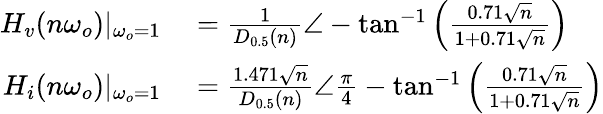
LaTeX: \begin{array}{rl}{H_{v}(n\omega_{o})|_{\omega_{o}=1}}&{{}=\frac{1}{D_{0.5}(n)}\angle-\tan^{-1}\left(\frac{0.71\sqrt{n}}{1+0.71\sqrt{n}}\right)}\\ {H_{i}(n\omega_{o})|_{\omega_{o}=1}}&{{}=\frac{1.471\sqrt{n}}{D_{0.5}(n)}\angle\frac{\pi}{4}-\tan^{-1}\left(\frac{0.71\sqrt{n}}{1+0.71\sqrt{n}}\right)}\end{array}